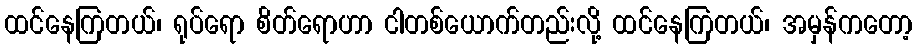
ထင်နေကြတယ်၊ ရုပ်ရော စိတ်ရောဟာ ငါတစ်ယောက်တည်းလို့ ထင်နေကြတယ်၊ အမှန်ကတော့